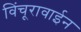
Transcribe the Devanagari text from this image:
विंचूरावाईन